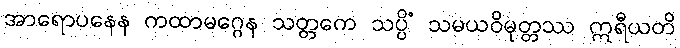
အာရောပနေန ကထာမဂ္ဂေန သတ္တကေ သပ္ပိံ သမယဝိမုတ္တဿ ဣရီယတိ